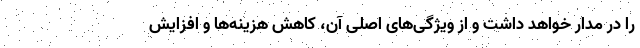
را در مدار خواهد داشت و از ویژگی‌های اصلی آن، کاهش هزینه‌ها و افزایش